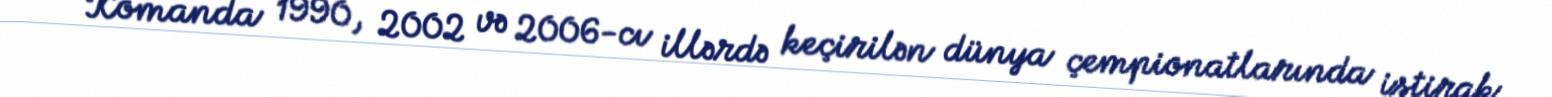
Komanda 1990, 2002 və 2006-cı illərdə keçirilən dünya çempionatlarında iştirak